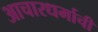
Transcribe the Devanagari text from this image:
आचारधर्माची